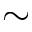
\sim